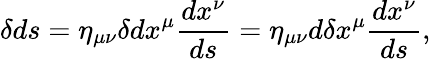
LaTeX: \delta ds=\eta_{\mu\nu}\delta dx^{\mu}{\frac{dx^{\nu}}{ds}}=\eta_{\mu\nu}d\delta x^{\mu}{\frac{dx^{\nu}}{ds}},